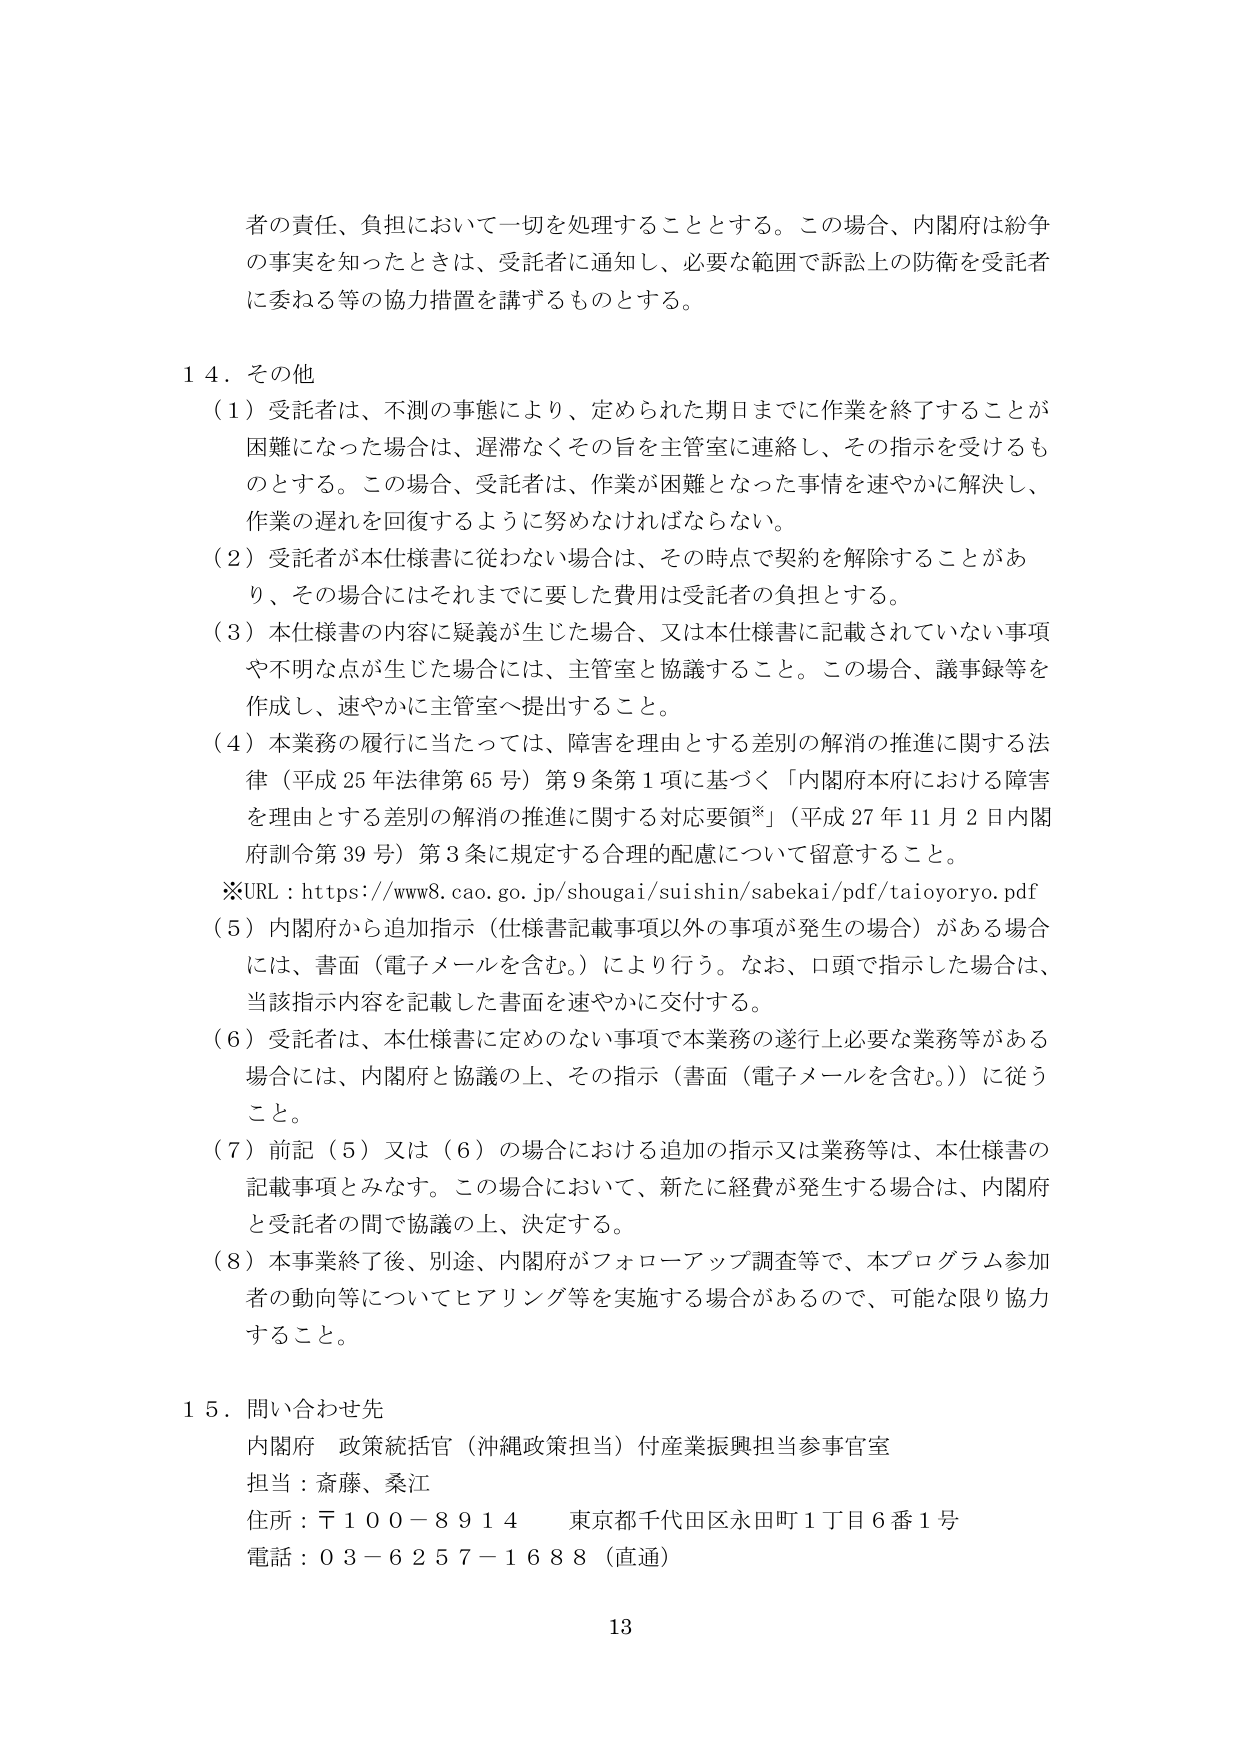
者の責任、負担において一切を処理することとする。この場合、内閣府は紛争の事実を知ったときは、受託者に通知し、必要な範囲で訴訟上の防衛を受託者に委ねる等の協力措置を講ずるものとする。

１４．その他

（１）受託者は、不測の事態により、定められた期日までに作業を終了することが困難になった場合は、遅滞なくその旨を主管室に連絡し、その指示を受けるものとする。この場合、受託者は、作業が困難となった事情を速やかに解決し、作業の遅れを回復するように努めなければならない。

（２）受託者が本仕様書に従わない場合は、その時点で契約を解除することがあり、その場合にはそれまでに要した費用は受託者の負担とする。

（３）本仕様書の内容に疑義が生じた場合、又は本仕様書に記載されていない事項や不明な点が生じた場合には、主管室と協議すること。この場合、議事録等を作成し、速やかに主管室へ提出すること。

（４）本業務の履行に当たっては、障害を理由とする差別の解消の推進に関する法律（平成25年法律第65号）第9条第1項に基づく「内閣府本府における障害を理由とする差別の解消の推進に関する対応要領※」（平成27年11月2日内閣府訓令第39号）第3条に規定する合理的配慮について留意すること。

※URL：https://www8.cao.go.jp/shougai/suishin/sabekai/pdf/taioyoryo.pdf

（５）内閣府から追加指示（仕様書記載事項以外の事項が発生の場合）がある場合には、書面（電子メールを含む。）により行う。なお、口頭で指示した場合は、当該指示内容を記載した書面を速やかに交付する。

（６）受託者は、本仕様書に定めのない事項で本業務の遂行上必要な業務等がある場合には、内閣府と協議の上、その指示（書面（電子メールを含む。））に従うこと。

（７）前記（５）又は（６）の場合における追加の指示又は業務等は、本仕様書の記載事項とみなす。この場合において、新たに経費が発生する場合は、内閣府と受託者の間で協議の上、決定する。

（８）本事業終了後、別途、内閣府がフォローアップ調査等で、本プログラム参加者の動向等についてヒアリング等を実施する場合があるので、可能な限り協力すること。

１５．問い合わせ先

内閣府 政策統括官（沖縄政策担当）付産業振興担当参事官室

担当：斎藤、桑江

住所：〒１００－８９１４ 東京都千代田区永田町１丁目６番１号

電話：０３－６２５７－１６８８（直通）

13